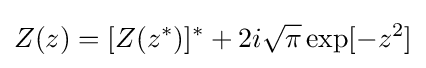
Z(z)=[Z(z^{*})]^{*}+2i{\sqrt {\pi }}\exp[-z^{2}]